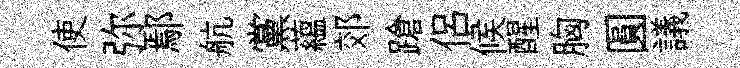
使弥鄢航黨藴郊蹌侶候醒胸圓議